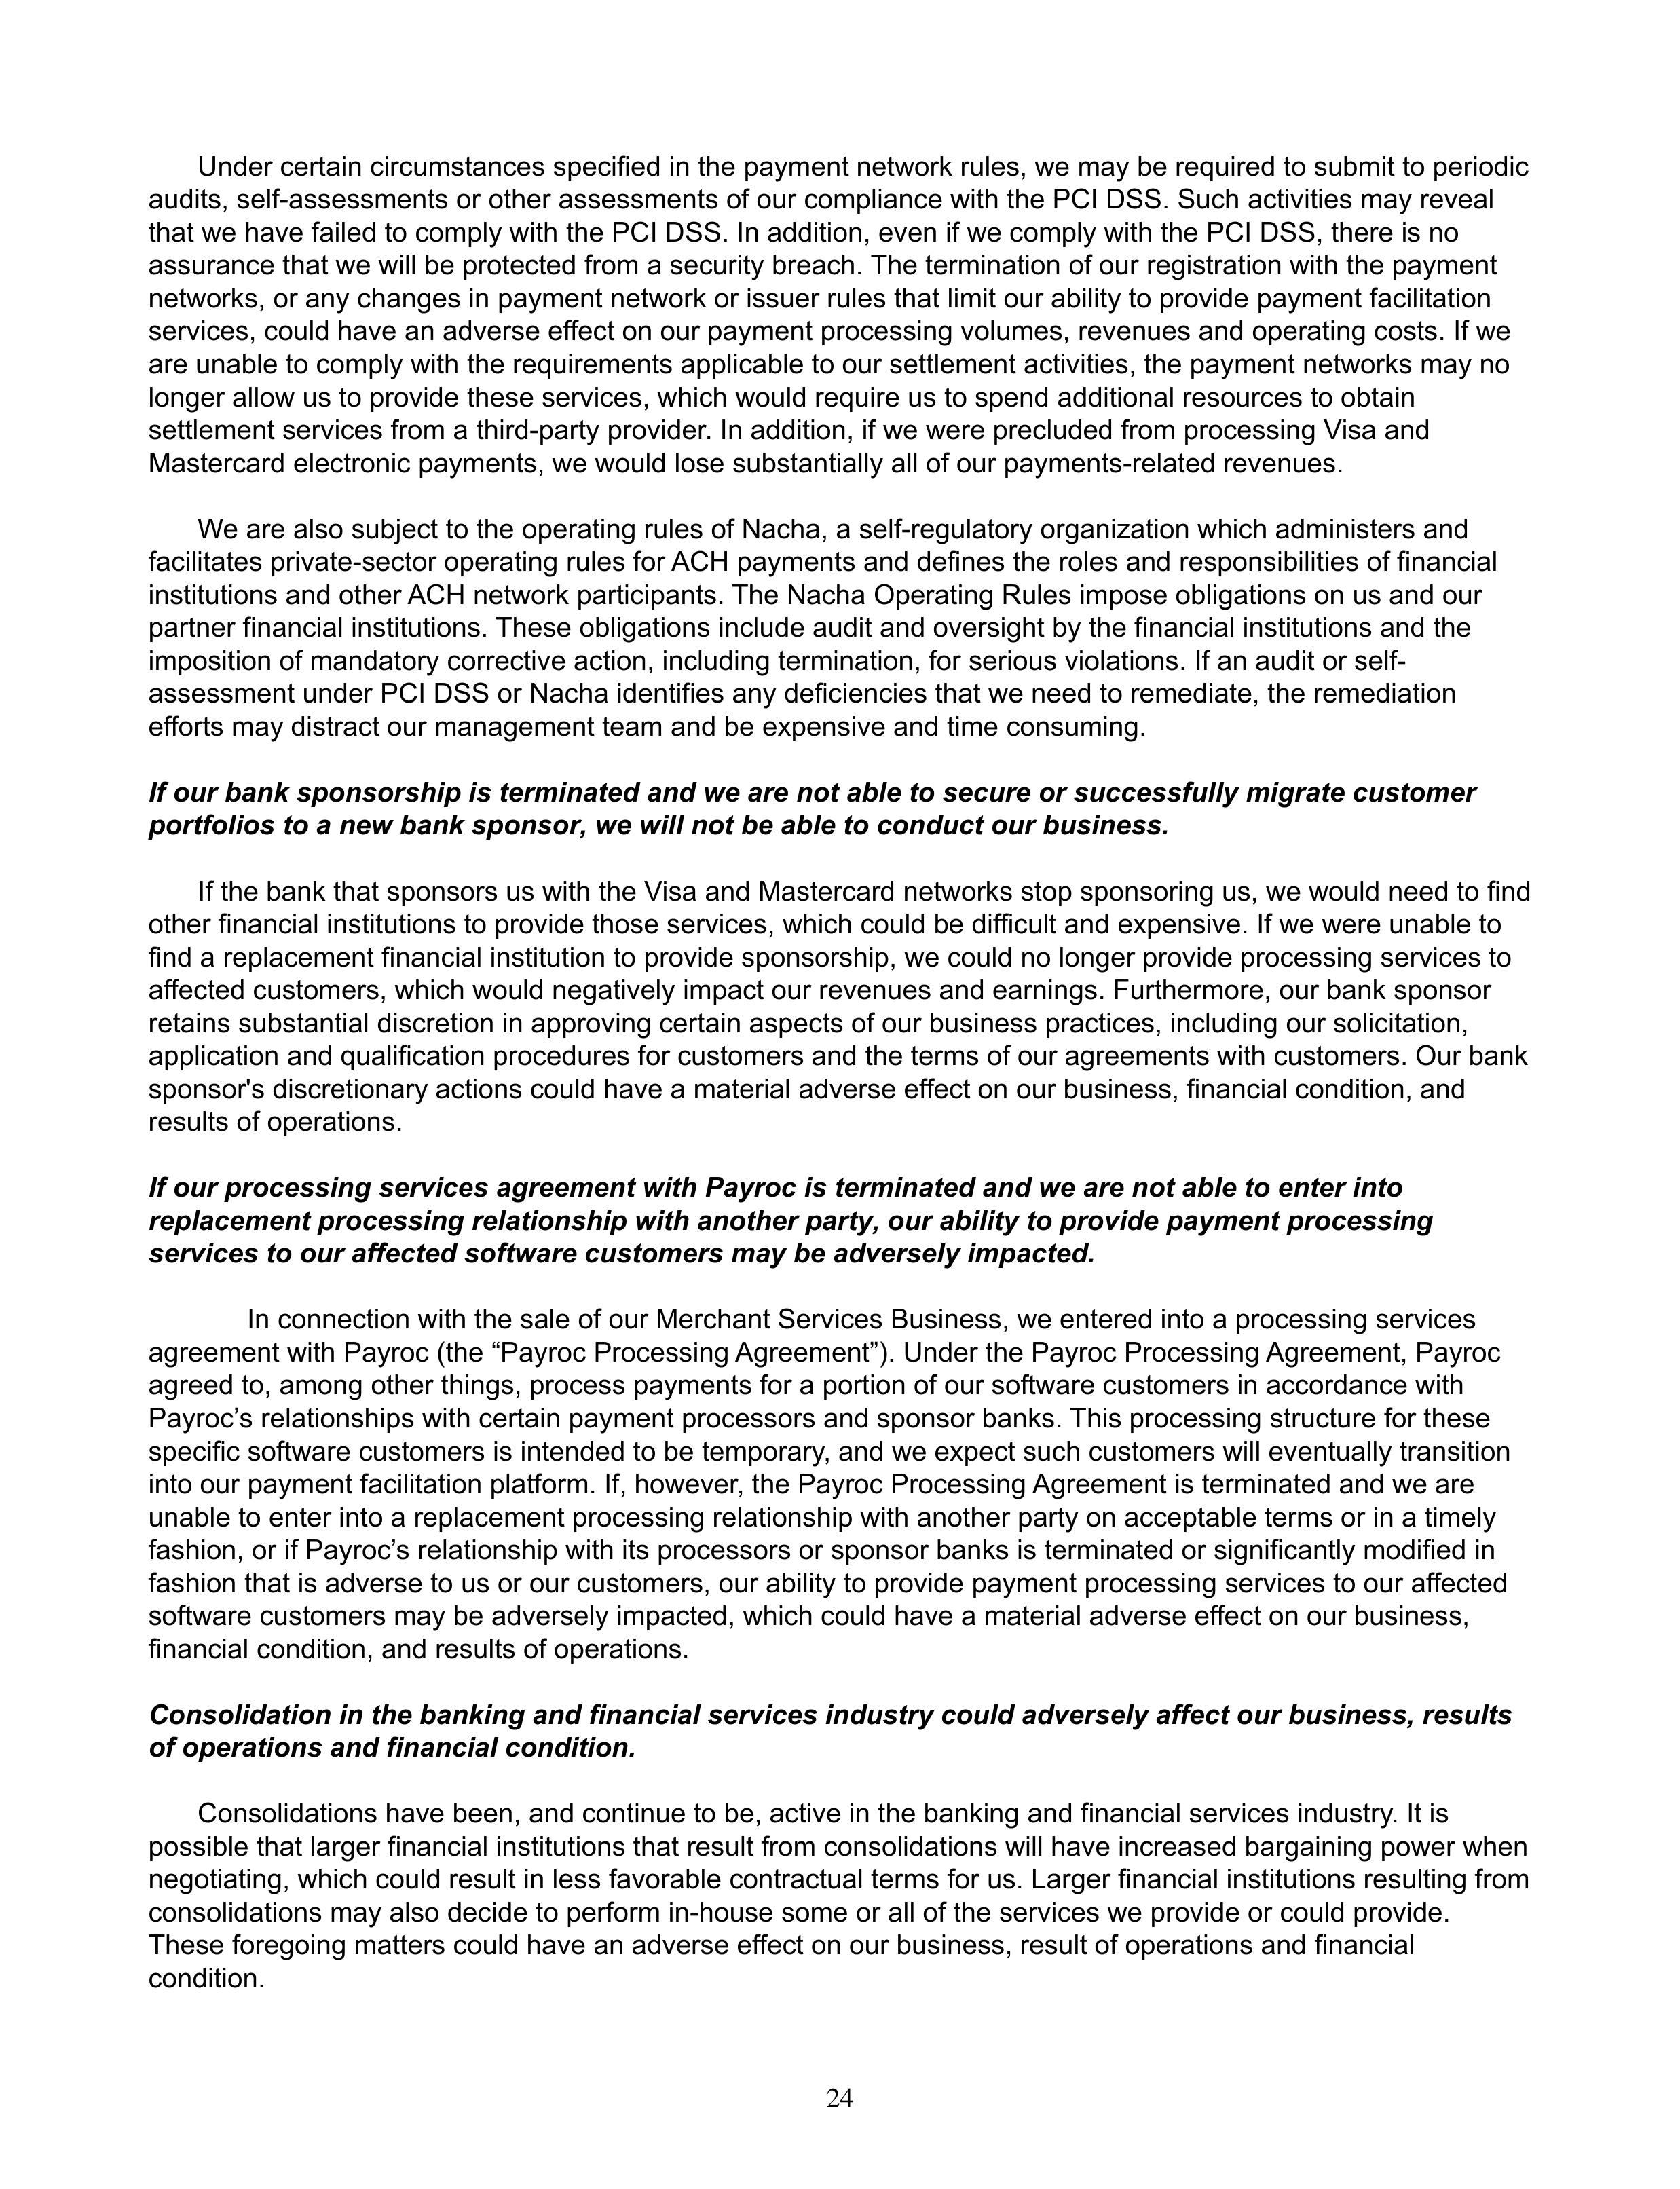
Under certain circumstances specified in the payment network rules, we may be required to submit to periodic
audits, self-assessments or other assessments of our compliance with the PCI DSS. Such activities may reveal
that we have failed to comply with the PCI DSS. In addition, even if we comply with the PCI DSS, there is no
assurance that we will be protected from a security breach. The termination of our registration with the payment
networks, or any changes in payment network or issuer rules that limit our ability to provide payment facilitation
services, could have an adverse effect on our payment processing volumes, revenues and operating costs. If we
are unable to comply with the requirements applicable to our settlement activities, the payment networks may no
longer allow us to provide these services, which would require us to spend additional resources to obtain
settlement services from a third-party provider. In addition, if we were precluded from processing Visa and
Mastercard electronic payments, we would lose substantially all of our payments-related revenues.

We are also subject to the operating rules of Nacha, a self-regulatory organization which administers and
facilitates private-sector operating rules for ACH payments and defines the roles and responsibilities of financial
institutions and other ACH network participants. The Nacha Operating Rules impose obligations on us and our
partner financial institutions. These obligations include audit and oversight by the financial institutions and the
imposition of mandatory corrective action, including termination, for serious violations. If an audit or self-
assessment under PCI DSS or Nacha identifies any deficiencies that we need to remediate, the remediation
efforts may distract our management team and be expensive and time consuming.

If our bank sponsorship is terminated and we are not able to secure or successfully migrate customer
portfolios to a new bank sponsor, we will not be able to conduct our business.

If the bank that sponsors us with the Visa and Mastercard networks stop sponsoring us, we would need to find
other financial institutions to provide these services, which could be difficult and expensive. If we were unable to
find a replacement financial institution to provide sponsorship, we could no longer provide processing services to
affected customers, which would negatively impact our revenues and earnings. Furthermore, our bank sponsor
retains substantial discretion in approving certain aspects of our business practices, including our solicitation,
application and qualification procedures for customers and the terms of our agreements with customers. Our bank
sponsor's discretionary actions could have a material adverse effect on our business, financial condition, and
results of operations.

If our processing services agreement with Payroc is terminated and we are not able to enter into
replacement processing relationship with another party, our ability to provide payment processing
services to our affected software customers may be adversely impacted.

In connection with the sale of our Merchant Services Business, we entered into a processing services
agreement with Payroc (the "Payroc Processing Agreement"). Under the Payroc Processing Agreement, Payroc
agreed to, among other things, process payments for a portion of our software customers in accordance with
Payroc's relationships with certain payment processors and sponsor banks. This processing structure for these
specific software customers is intended to be temporary, and we expect such customers will eventually transition
into our payment facilitation platform. If, however, the Payroc Processing Agreement is terminated and we are
unable to enter into a replacement processing relationship with another party on acceptable terms or in a timely
fashion, or if Payroc's relationship with its processors or sponsor banks is terminated or significantly modified in
fashion that is adverse to us or our customers, our ability to provide payment processing services to our affected
software customers may be adversely impacted, which could have a material adverse effect on our business,
financial condition, and results of operations.

Consolidation in the banking and financial services industry could adversely affect our business, results
of operations and financial condition.

Consolidations have been, and continue to be, active in the banking and financial services industry. It is
possible that larger financial institutions that result from consolidations will have increased bargaining power when
negotiating, which could result in less favorable contractual terms for us. Larger financial institutions resulting from
consolidations may also decide to perform in-house some or all of the services we provide or could provide.
These foregoing matters could have an adverse effect on our business, result of operations and financial
condition.

24